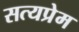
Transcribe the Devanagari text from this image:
सत्यप्रेम